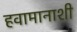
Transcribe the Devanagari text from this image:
हवामानाशी